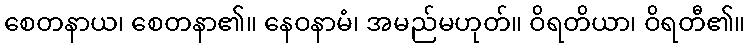
စေတနာယ၊ စေတနာ၏။ နေဝနာမံ၊ အမည်မဟုတ်။ ဝိရတိယာ၊ ဝိရတီ၏။